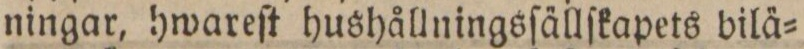
ningar, hwareſt hushållningsſällſkapets bilä=